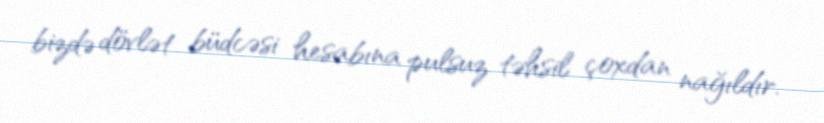
bizdə dövlət büdcəsi hesabına pulsuz təhsil çoxdan nağıldır.